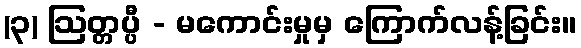
(၃) ဩတ္တပ္ပီ - မကောင်းမှုမှ ကြောက်လန့်ခြင်း။